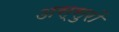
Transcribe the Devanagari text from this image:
अस्सुरों